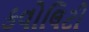
કવોલિટી